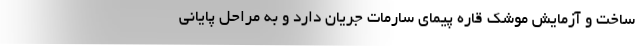
ساخت و آزمایش موشک قاره پیمای سارمات جریان دارد و به مراحل پایانی